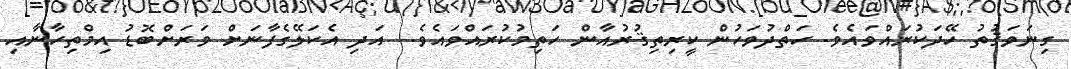
ގިނަވަޤުތު ހޭދަކުރައްވައެވެ. ހަތްދުވަހުން ކީރިތިޤުރުއާން ހަތިމުކުރައްވައެވެ.  އަދި އެކަލޭގެފާނަށް ވަރަށްބޮޑު އިމްތިހާނާއި